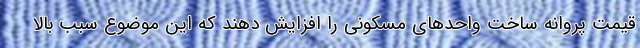
قیمت پروانه ساخت واحدهای مسکونی را افزایش دهند که این موضوع سبب بالا